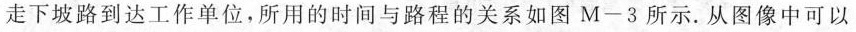
走下坡路到达工作单位，所用的时间与路程的关系如图M-3所示。从图像中可以